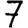
Digit: 7